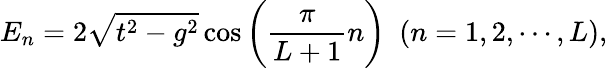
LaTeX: E_{n}=2\sqrt{t^{2}-g^{2}}\cos\left(\frac{\pi}{L+1}n\right)~~(n=1,2,\cdots,L),